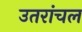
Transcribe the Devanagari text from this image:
उतरांचल